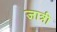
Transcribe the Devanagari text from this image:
जात्री